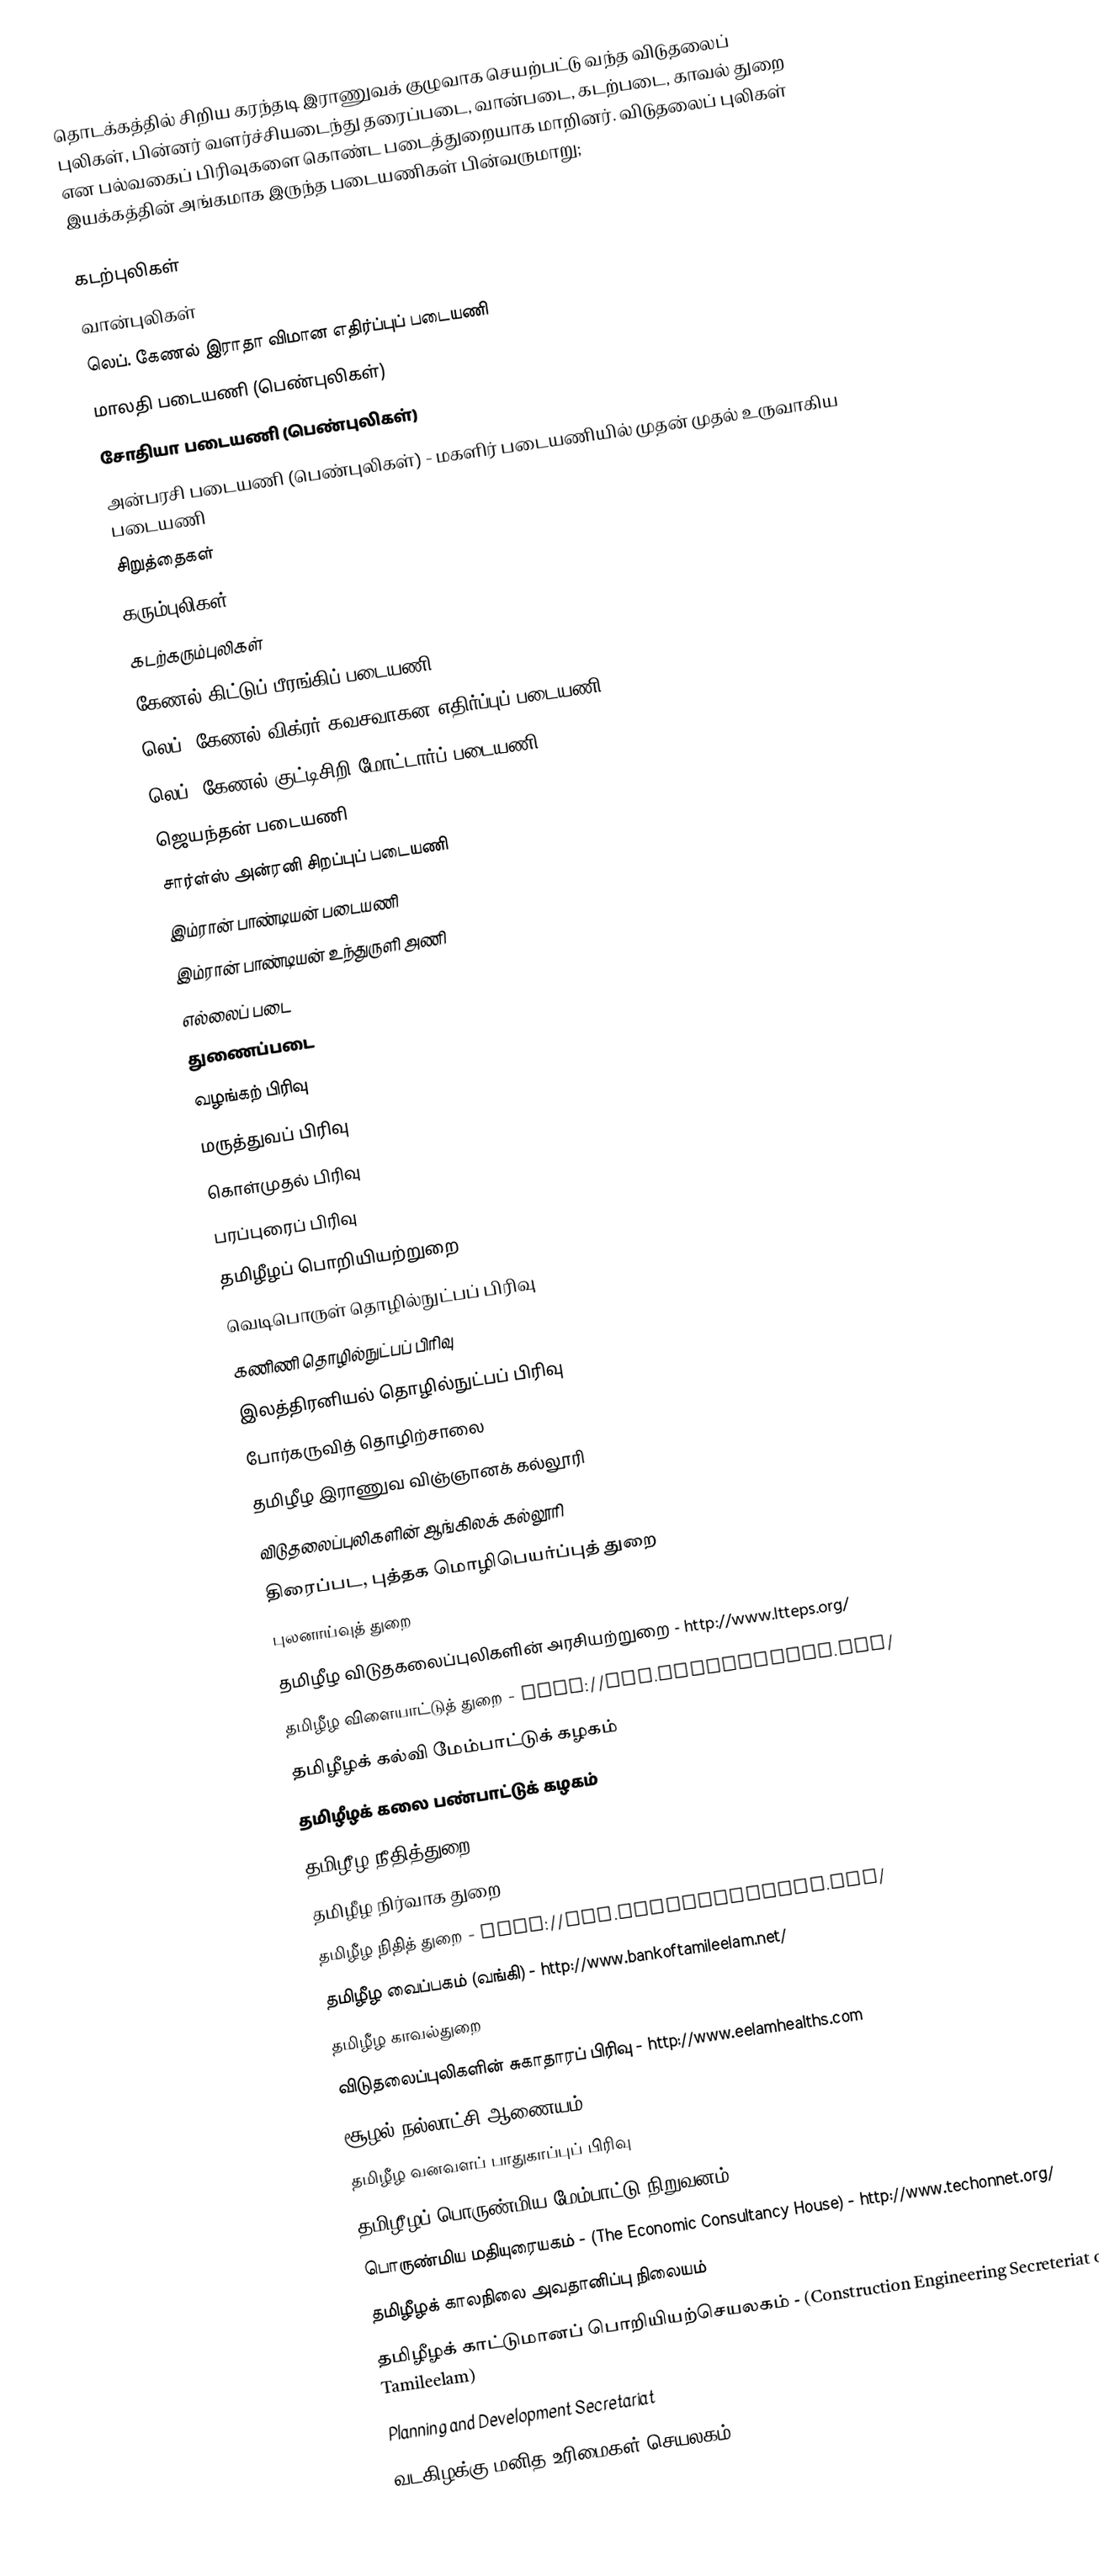
தொடக்கத்தில் சிறிய கரந்தடி இராணுவக் குழுவாக செயற்பட்டு வந்த விடுதலைப் புலிகள், பின்னர் வளர்ச்சியடைந்து தரைப்படை, வான்படை, கடற்படை, காவல் துறை என பல்வகைப் பிரிவுகளை கொண்ட படைத்துறையாக மாறினர். விடுதலைப் புலிகள் இயக்கத்தின் அங்கமாக இருந்த படையணிகள் பின்வருமாறு;

கடற்புலிகள்
வான்புலிகள்
லெப். கேணல் இராதா விமான எதிர்ப்புப் படையணி
மாலதி படையணி (பெண்புலிகள்)
சோதியா படையணி (பெண்புலிகள்)
அன்பரசி படையணி (பெண்புலிகள்) - மகளிர் படையணியில் முதன் முதல் உருவாகிய படையணி
சிறுத்தைகள்
கரும்புலிகள்
கடற்கரும்புலிகள்
கேணல் கிட்டுப் பீரங்கிப் படையணி
லெப். கேணல் விக்ரர் கவசவாகன எதிர்ப்புப் படையணி
லெப். கேணல் குட்டிசிறி மோட்டார்ப் படையணி
ஜெயந்தன் படையணி
சார்ள்ஸ் அன்ரனி சிறப்புப் படையணி
இம்ரான் பாண்டியன் படையணி
இம்ரான் பாண்டியன் உந்துருளி அணி
எல்லைப் படை
துணைப்படை
வழங்கற் பிரிவு
மருத்துவப் பிரிவு
கொள்முதல் பிரிவு
பரப்புரைப் பிரிவு
தமிழீழப் பொறியியற்றுறை
வெடிபொருள் தொழில்நுட்பப் பிரிவு
கணிணி தொழில்நுட்பப் பிரிவு
இலத்திரனியல் தொழில்நுட்பப் பிரிவு
போர்கருவித் தொழிற்சாலை
தமிழீழ இராணுவ விஞ்ஞானக் கல்லூரி
விடுதலைப்புலிகளின் ஆங்கிலக் கல்லூரி
திரைப்பட, புத்தக மொழிபெயர்ப்புத் துறை
புலனாய்வுத் துறை
தமிழீழ விடுதகலைப்புலிகளின் அரசியற்றுறை - http://www.ltteps.org/
தமிழீழ விளையாட்டுத் துறை - http://www.eelamsports.com/
தமிழீழக் கல்வி மேம்பாட்டுக் கழகம்
தமிழீழக் கலை பண்பாட்டுக் கழகம்
தமிழீழ நீதித்துறை- http://www.eelamjudicial.org/
தமிழீழ நிர்வாக துறை
தமிழீழ நிதித் துறை - http://www.nithiththurai.com/
தமிழீழ வைப்பகம் (வங்கி) - http://www.bankoftamileelam.net/
தமிழீழ காவல்துறை
விடுதலைப்புலிகளின் சுகாதாரப் பிரிவு - http://www.eelamhealths.com
சூழல் நல்லாட்சி ஆணையம்
தமிழீழ வனவளப் பாதுகாப்புப் பிரிவு
தமிழீழப் பொருண்மிய மேம்பாட்டு நிறுவனம் - (TEEDOR) - http://www.teedor.org/
பொருண்மிய மதியுரையகம் - (The Economic Consultancy House) - http://www.techonnet.org/
தமிழீழக் காலநிலை அவதானிப்பு நிலையம்
தமிழீழக் காட்டுமானப் பொறியியற்செயலகம் - (Construction Engineering Secreteriat of Tamileelam)
 Planning and Development Secretariat
வடகிழக்கு மனித உரிமைகள் செயலகம் - NorthEast Secretariat on Human Rights (NESOHR) -